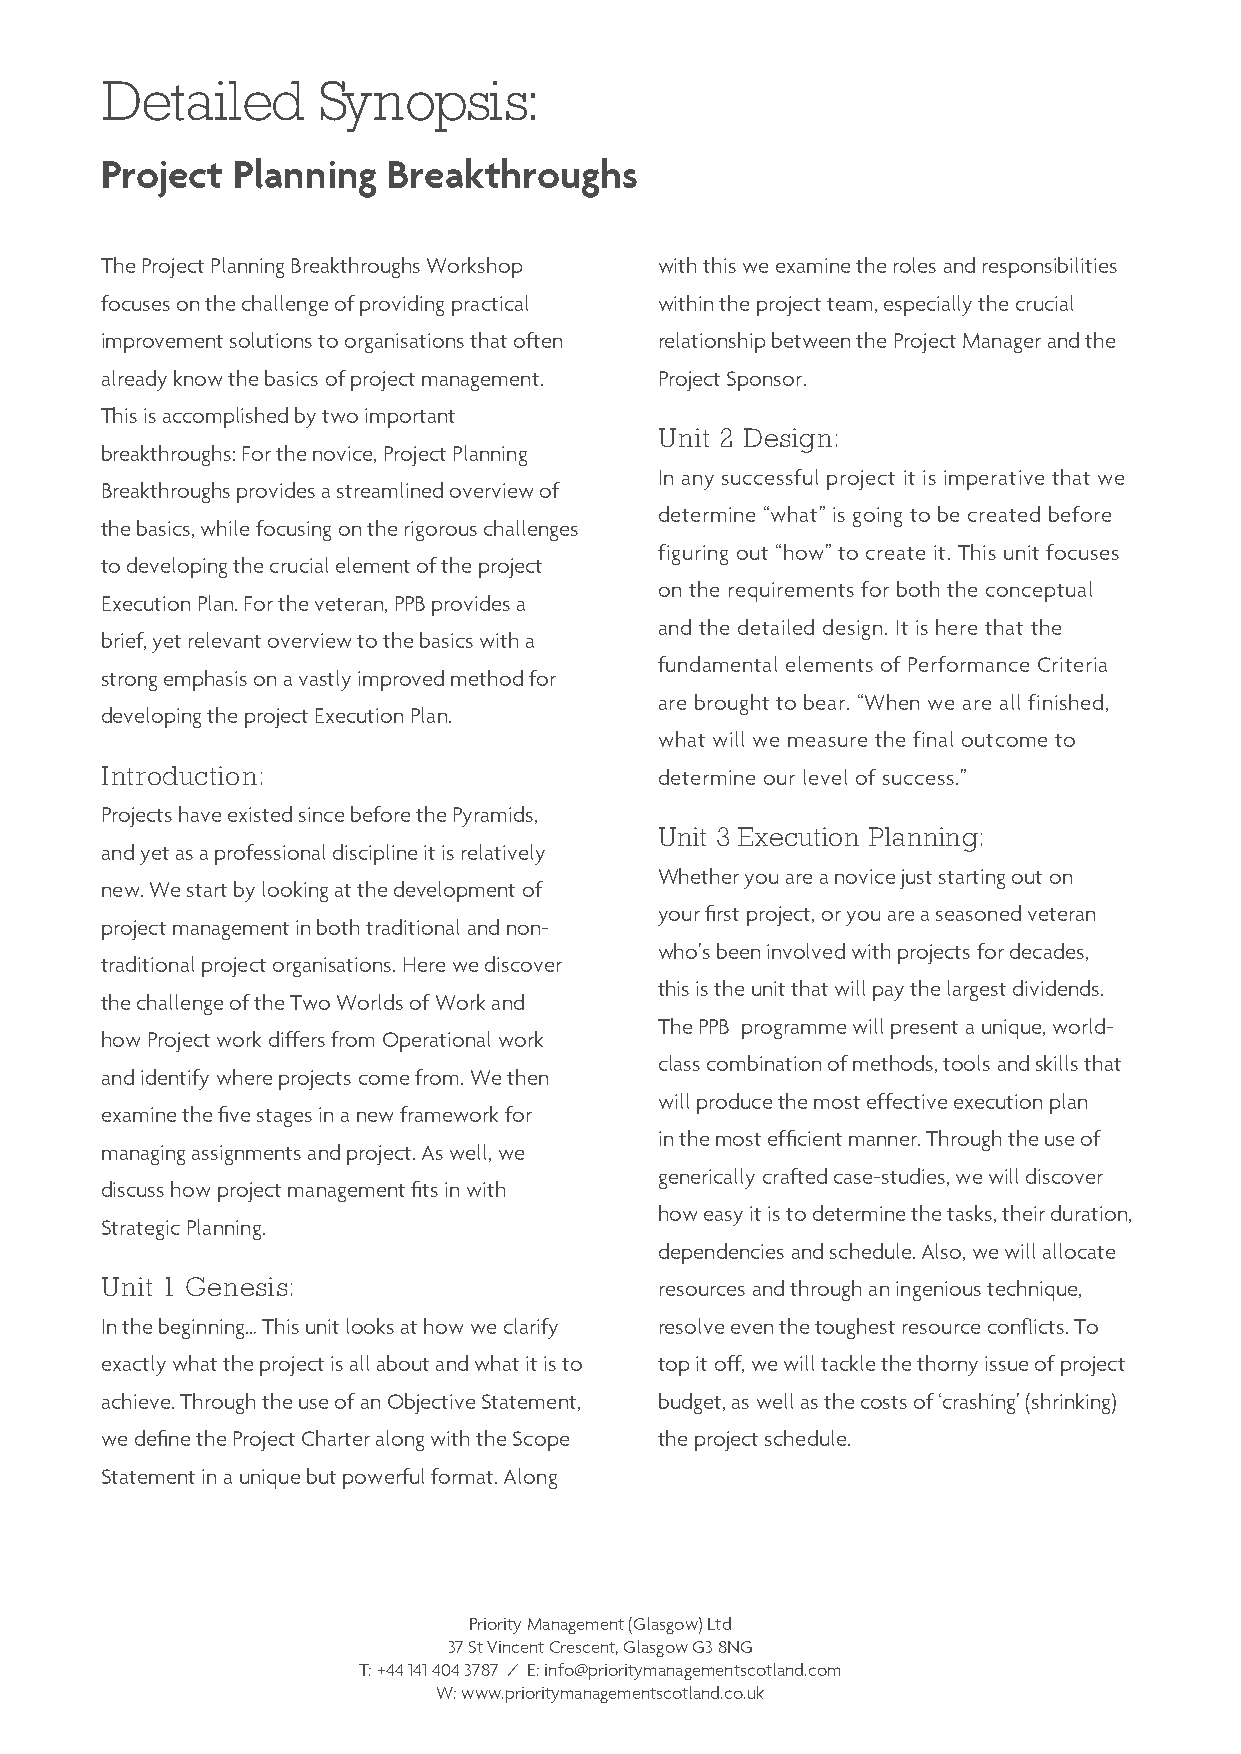
Detailed      Synopsis:
 Project Planning   Breakthroughs
 The Project Planning Breakthroughs Workshop with this we examine the roles and responsibilities
 focuses on the challenge of providing practical within the project team, especially the crucial
 improvement solutions to organisations that often relationship between the Project Manager and the
 already know the basics of project management. Project Sponsor.
 This is accomplished by two important
 Unit 2 Design:
 breakthroughs: For the novice, Project Planning
 In any successful project it is imperative that we
 Breakthroughs provides a streamlined overview of
 determine “what” is going to be created before
 the basics, while focusing on the rigorous challenges
 figuring out “how” to create it. This unit focuses
 to developing the crucial element of the project
 on the requirements for both the conceptual
 Execution Plan. For the veteran, PPB provides a
 and the detailed design. It is here that the
 brief, yet relevant overview to the basics with a
 fundamental elements of Performance Criteria
 strong emphasis on a vastly improved method for
 are brought to bear. “When we are all finished,
 developing the project Execution Plan.
 what will we measure the final outcome to
 Introduction:                        determine our level of success.”
 Projects have existed since before the Pyramids,
 Unit 3 Execution Planning:
 and yet as a professional discipline it is relatively
 Whether you are a novice just starting out on
 new. We start by looking at the development of
 your first project, or you are a seasoned veteran
 project management in both traditional and non-
 who’s been involved with projects for decades,
 traditional project organisations. Here we discover
 this is the unit that will pay the largest dividends.
 the challenge of the Two Worlds of Work and
 The PPB programme will present a unique, world-
 how Project work differs from Operational work
 class combination of methods, tools and skills that
 and identify where projects come from. We then
 will produce the most effective execution plan
 examine the five stages in a new framework for
 in the most efficient manner. Through the use of
 managing assignments and project. As well, we
 generically crafted case-studies, we will discover
 discuss how project management fits in with
 how easy it is to determine the tasks, their duration,
 Strategic Planning.
 dependencies and schedule. Also, we will allocate
 Unit 1 Genesis:                      resources and through an ingenious technique,
 In the beginning… This unit looks at how we clarify resolve even the toughest resource conflicts. To
 exactly what the project is all about and what it is to top it off, we will tackle the thorny issue of project
 achieve. Through the use of an Objective Statement, budget, as well as the costs of ‘crashing’ (shrinking)
 we define the Project Charter along with the Scope the project schedule.
 Statement in a unique but powerful format. Along
 Priority Management (Glasgow) Ltd
 37 St Vincent Crescent, Glasgow G3 8NG
 T: +44 141 404 3787 / E: info@prioritymanagementscotland.com
 W: www.prioritymanagementscotland.co.uk